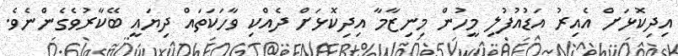
އިދިކޮޅަށް އެއިރު އަޑުއުފުލި މީހުން މިނިޒާމާ އިދިކޮޅަށް ދެއްކި ވާހަކަތައް ދިޔައީ ބޭކާރުވެގެންނެވެ.